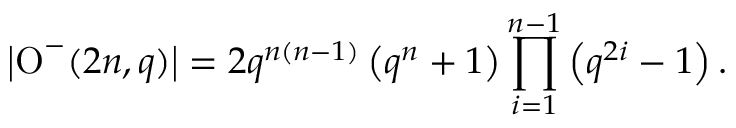
\left| \operatorname { O } ^ { - } ( 2 n , q ) \right| = 2 q ^ { n ( n - 1 ) } \left( q ^ { n } + 1 \right) \prod _ { i = 1 } ^ { n - 1 } \left( q ^ { 2 i } - 1 \right) .